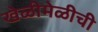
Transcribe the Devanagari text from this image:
खेळीमेळीची